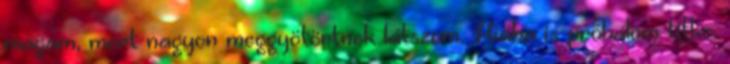
magam, mert nagyon meggyötörtnek látszom. Hiába is próbálom titko.